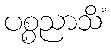
ပစ္စညာသိံ